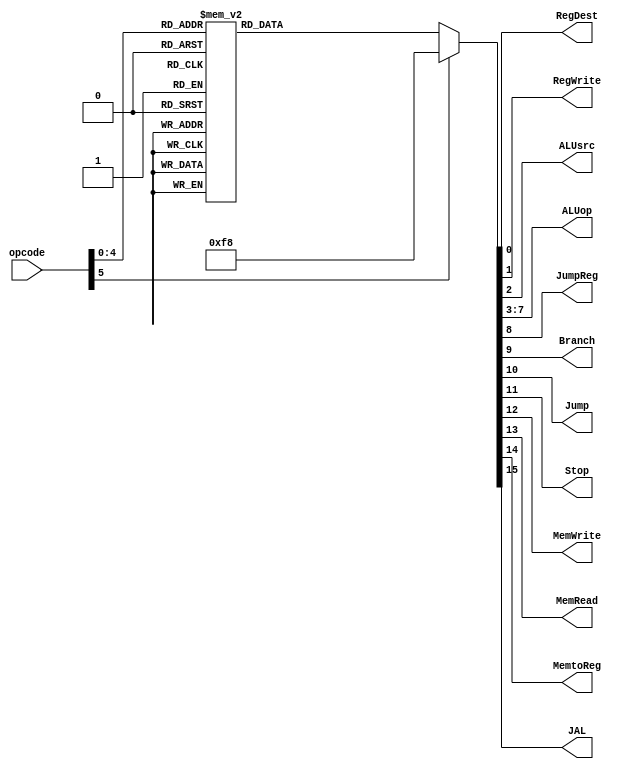
module controle(opcode, RegDest, RegWrite, ALUsrc, ALUop, JumpReg, Branch, Jump, Stop, MemWrite, MemRead, MemtoReg, JAL);
input [5:0] opcode;
output reg RegDest, RegWrite, ALUsrc, JumpReg, Branch, Jump, Stop, MemWrite, MemRead, MemtoReg, JAL;
output reg [4:0] ALUop;

always @(*)
	begin
		case(opcode)
			
			//NOP
			6'b000000: 
				begin
					RegDest = 0;
					RegWrite = 0;
					ALUsrc = 0;
					ALUop = 5'b11111;
					JumpReg = 0;
					Branch = 0;
					Jump = 0;
					Stop = 1;
					MemWrite = 0;
					MemRead = 0;
					MemtoReg = 0;
					JAL = 0;
				end
		
			//TIPO R
			6'b000001: //add
				begin
					RegDest = 1;
					RegWrite = 1;
					ALUsrc = 0;
					ALUop = 5'b00010;
					JumpReg = 0;
					Branch = 0;
					Jump = 0;
					Stop = 0;
					MemWrite = 0;
					MemRead = 0;
					MemtoReg = 0;
					JAL = 0;
				end
				
			6'b000010: //sub
				begin
					RegDest = 1;
					RegWrite = 1;
					ALUsrc = 0;
					ALUop = 5'b00011;
					JumpReg = 0;
					Branch = 0;
					Jump = 0;
					Stop = 0;
					MemWrite = 0;
					MemRead = 0;
					MemtoReg = 0;
					JAL = 0;
				end
			
			6'b000011: //and
				begin
					RegDest = 1;
					RegWrite = 1;
					ALUsrc = 0;
					ALUop = 5'b00000;
					JumpReg = 0;
					Branch = 0;
					Jump = 0;
					Stop = 0;
					MemWrite = 0;
					MemRead = 0;
					MemtoReg = 0;
					JAL = 0;
				end
				
			6'b000100: //or
				begin
					RegDest = 1;
					RegWrite = 1;
					ALUsrc = 0;
					ALUop = 5'b00001;
					JumpReg = 0;
					Branch = 0;
					Jump = 0;
					Stop = 0;
					MemWrite = 0;
					MemRead = 0;
					MemtoReg = 0;
					JAL = 0;
				end
				
			6'b000101: //mult
				begin
					RegDest = 1;
					RegWrite = 1;
					ALUsrc = 0;
					ALUop = 5'b00100;
					JumpReg = 0;
					Branch = 0;
					Jump = 0;
					Stop = 0;
					MemWrite = 0;
					MemRead = 0;
					MemtoReg = 0;
					JAL = 0;
				end
			
			6'b000110: //div
				begin
					RegDest = 0;
					RegWrite = 0;
					ALUsrc = 0;
					ALUop = 5'b00101;
					JumpReg = 0;
					Branch = 0;
					Jump = 0;
					Stop = 0;
					MemWrite = 0;
					MemRead = 0;
					MemtoReg = 0;
					JAL = 0;
				end
				
			6'b000111: //mfhi
				begin
					RegDest = 1;
					RegWrite = 1;
					ALUsrc = 0;
					ALUop = 5'b01101;
					JumpReg = 0;
					Branch = 0;
					Jump = 0;
					Stop = 0;
					MemWrite = 0;
					MemRead = 0;
					MemtoReg = 0;
					JAL = 0;
				end
			
			6'b001000: //mflo
				begin
					RegDest = 1;
					RegWrite = 1;
					ALUsrc = 0;
					ALUop = 5'b01110;
					JumpReg = 0;
					Branch = 0;
					Jump = 0;
					Stop = 0;
					MemWrite = 0;
					MemRead = 0;
					MemtoReg = 0;
					JAL = 0;
				end
			
			6'b001001: //sll
				begin
					RegDest = 1;
					RegWrite = 1;
					ALUsrc = 0;
					ALUop = 5'b00110;
					JumpReg = 0;
					Branch = 0;
					Jump = 0;
					Stop = 0;
					MemWrite = 0;
					MemRead = 0;
					MemtoReg = 0;
					JAL = 0;
				end
			
			6'b001010: //srl
				begin
					RegDest = 1;
					RegWrite = 1;
					ALUsrc = 0;
					ALUop = 5'b00111;
					JumpReg = 0;
					Branch = 0;
					Jump = 0;
					Stop = 0;
					MemWrite = 0;
					MemRead = 0;
					MemtoReg = 0;
					JAL = 0;
				end
			
			6'b001011: //slt
				begin
					RegDest = 1;
					RegWrite = 1;
					ALUsrc = 0;
					ALUop = 5'b01100;
					JumpReg = 0;
					Branch = 0;
					Jump = 0;
					Stop = 0;
					MemWrite = 0;
					MemRead = 0;
					MemtoReg = 0;
					JAL = 0;
				end
				
			6'b001100: //jr
				begin
					RegDest = 0;
					RegWrite = 0;
					ALUsrc = 0;
					ALUop = 5'b11111;
					JumpReg = 1;
					Branch = 0;
					Jump = 1;
					Stop = 0;
					MemWrite = 0;
					MemRead = 0;
					MemtoReg = 0;
					JAL = 0;
				end
				
			//TIPO J
			6'b001101: //j
				begin
					RegDest = 0;
					RegWrite = 0;
					ALUsrc = 0;
					ALUop = 5'b11111;
					JumpReg = 0;
					Branch = 0;
					Jump = 1;
					Stop = 0;
					MemWrite = 0;
					MemRead = 0;
					MemtoReg = 0;
					JAL = 0;
				end
			
			6'b001110: //jal
				begin
					RegDest = 0;
					RegWrite = 1;
					ALUsrc = 0;
					ALUop = 5'b11111;
					JumpReg = 0;
					Branch = 0;
					Jump = 1;
					Stop = 0;
					MemWrite = 0;
					MemRead = 0;
					MemtoReg = 0;
					JAL = 1;
				end
			
			
			//TIPO I
			6'b001111: //beq
				begin
					RegDest = 0;
					RegWrite = 0;
					ALUsrc = 0;
					ALUop = 5'b001010;
					JumpReg = 0;
					Branch = 1;
					Jump = 0;
					Stop = 0;
					MemWrite = 0;
					MemRead = 0;
					MemtoReg = 0;
					JAL = 0;
				end
				
			6'b010000: //bne
				begin
					RegDest = 0;
					RegWrite = 0;
					ALUsrc = 0;
					ALUop = 5'b01011;
					JumpReg = 0;
					Branch = 1;
					Jump = 0;
					Stop = 0;
					MemWrite = 0;
					MemRead = 0;
					MemtoReg = 0;
					JAL = 0;
				end
				
			6'b010001: //bgt
				begin
					RegDest = 0;
					RegWrite = 0;
					ALUsrc = 0;
					ALUop = 5'b01000;
					JumpReg = 0;
					Branch = 1;
					Jump = 0;
					Stop = 0;
					MemWrite = 0;
					MemRead = 0;
					MemtoReg = 0;
					JAL = 0;
				end
				
			6'b010010: //blt
				begin
					RegDest = 0;
					RegWrite = 0;
					ALUsrc = 0;
					ALUop = 5'b01001;
					JumpReg = 0;
					Branch = 1;
					Jump = 0;
					Stop = 0;
					MemWrite = 0;
					MemRead = 0;
					MemtoReg = 0;
					JAL = 0;
				end
				
			6'b010011: //bge
				begin
					RegDest = 0;
					RegWrite = 0;
					ALUsrc = 0;
					ALUop = 5'b01111;
					JumpReg = 0;
					Branch = 1;
					Jump = 0;
					Stop = 0;
					MemWrite = 0;
					MemRead = 0;
					MemtoReg = 0;
					JAL = 0;
				end
				
			6'b010100: //ble
				begin
					RegDest = 0;
					RegWrite = 0;
					ALUsrc = 0;
					ALUop = 5'b10000;
					JumpReg = 0;
					Branch = 1;
					Jump = 0;
					Stop = 0;
					MemWrite = 0;
					MemRead = 0;
					MemtoReg = 0;
					JAL = 0;
				end
				
			6'b010101: //addi
				begin
					RegDest = 0;
					RegWrite = 1;
					ALUsrc = 1;
					ALUop = 5'b00010;
					JumpReg = 0;
					Branch = 0;
					Jump = 0;
					Stop = 0;
					MemWrite = 0;
					MemRead = 0;
					MemtoReg = 0;
					JAL = 0;
				end
				
			6'b010110: //sw
				begin
					RegDest = 0;
					RegWrite = 0;
					ALUsrc = 1;
					ALUop = 5'b00010;
					JumpReg = 0;
					Branch = 0;
					Jump = 0;
					Stop = 0;
					MemWrite = 1;
					MemRead = 0;
					MemtoReg = 0;
					JAL = 0;
				end
				
			6'b010111: //lw
				begin
					RegDest = 0;
					RegWrite = 1;
					ALUsrc = 1;
					ALUop = 5'b00010;
					JumpReg = 0;
					Branch = 0;
					Jump = 0;
					Stop = 0;
					MemWrite = 0;
					MemRead = 1;
					MemtoReg = 1;
					JAL = 0;
				end
			
			default:
				begin
					RegDest = 0;
					RegWrite = 0;
					ALUsrc = 0;
					ALUop = 5'b11111;
					JumpReg = 0;
					Branch = 0;
					Jump = 0;
					Stop = 0;
					MemWrite = 0;
					MemRead = 0;
					MemtoReg = 0;
					JAL = 0;
				end
		endcase
	end
endmodule